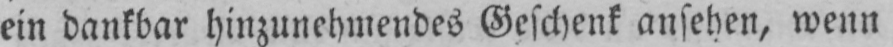
ein dankbar hinzunehmendes Geschenk ansehen, wenn